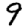
Digit: 9